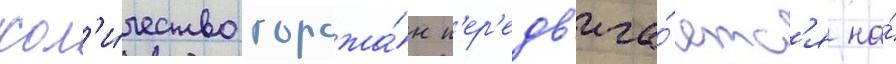
кол'и́чество горожа́н п'ер'едв'ига́етс'я на́